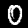
Label: 0